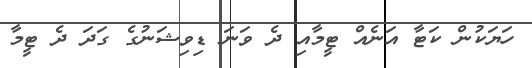
ހަޔަކުން ކަޓާ އަނެއް ޓީމާއި ދެ ވަނަ ޑިވިޝަނުގެ ގަދަ ދެ ޓީމާ